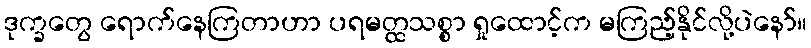
ဒုက္ခတွေ ရောက်နေကြတာဟာ ပရမတ္ထသစ္စာ ရှုထောင့်က မကြည့်နိုင်လို့ပဲနော်။